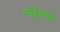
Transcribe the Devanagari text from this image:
राहिलंच